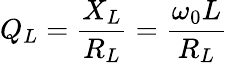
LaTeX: Q_{L}={\frac{X_{L}}{R_{L}}}={\frac{\omega_{0}L}{R_{L}}}